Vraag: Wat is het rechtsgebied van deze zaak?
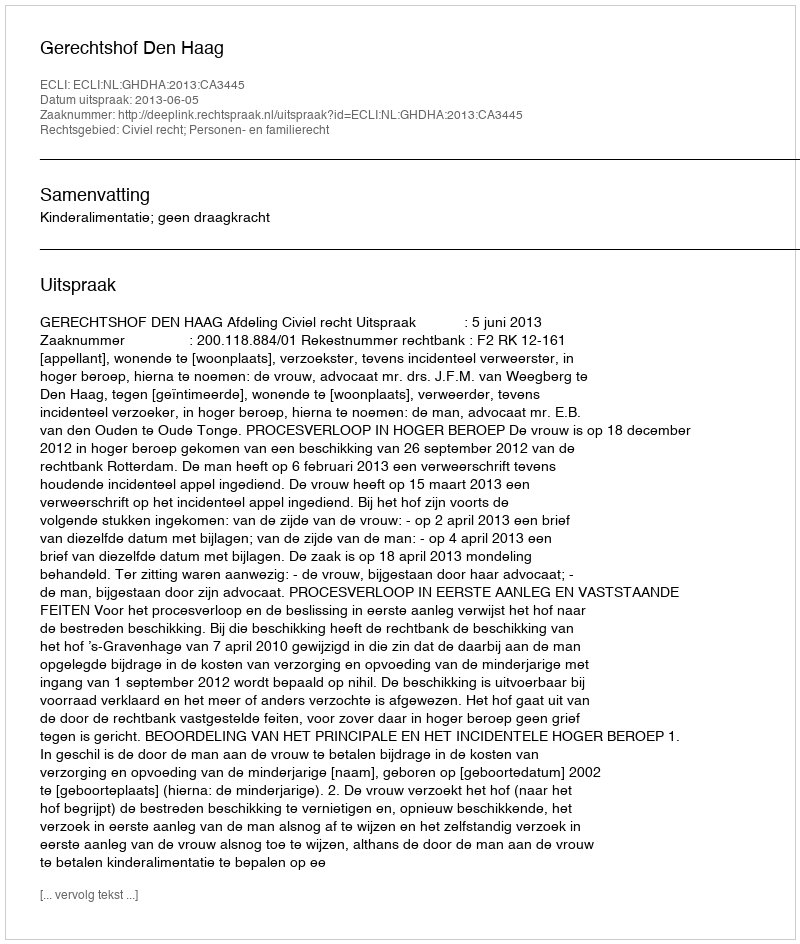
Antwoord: Civiel recht; Personen- en familierecht